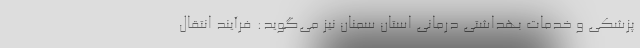
پزشکی و خدمات بهداشتی درمانی استان سمنان نیز می‌گوید: فرآیند انتقال